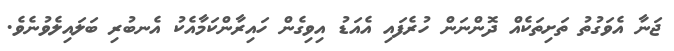
ޖަނާ އެވަގުތު ތަށިތަކެއް ދޮންނަން ހުރެފައި އެއަޑު އިވިގެން ހައިރާންކަމާއެކު އެނބުރި ބަލައިލެވުނެވެ.